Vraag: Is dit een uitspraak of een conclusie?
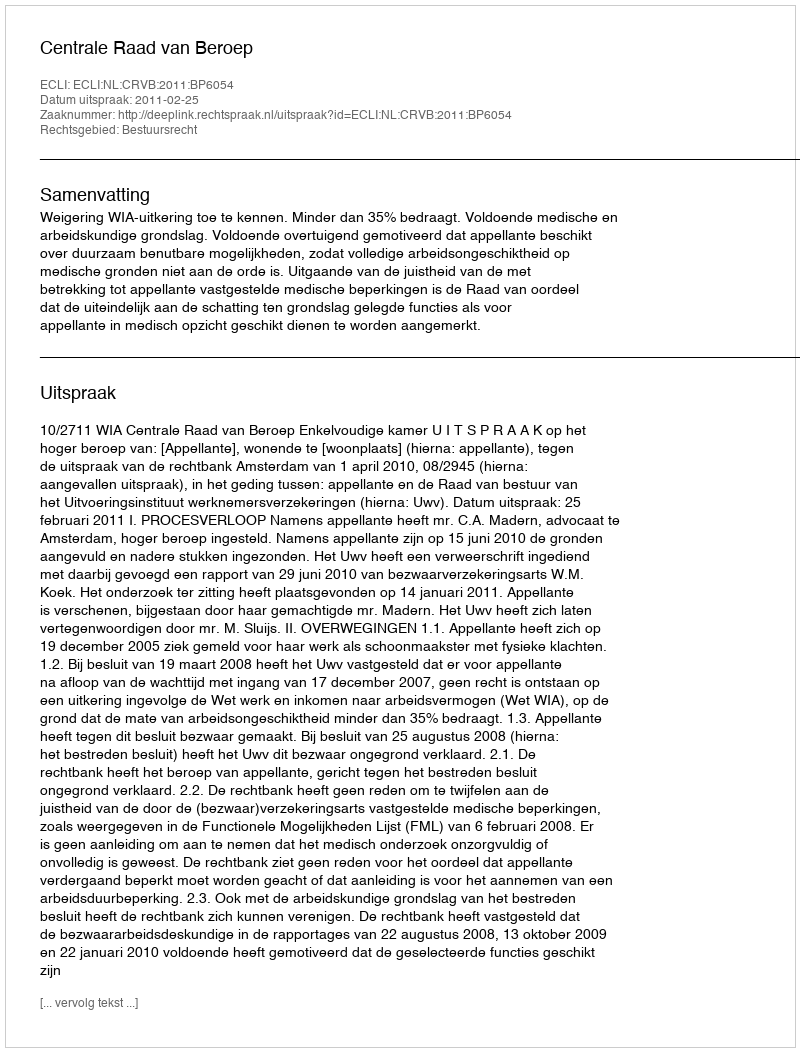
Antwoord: Uitspraak